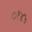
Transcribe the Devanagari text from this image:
०१४५